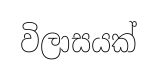
විලාසයක්